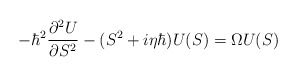
\begin{align*}- \hbar^2 {\partial^2 U \over \partial S^2} - (S^2 + i \eta \hbar) U(S) = \Omega U(S)\end{align*}